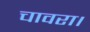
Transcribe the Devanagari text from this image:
चावरा।